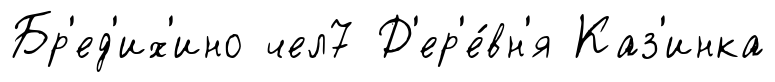
Бр'ед'их'ино чел7 Д'ер'е́вн'я Каз'инка